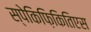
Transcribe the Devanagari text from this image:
स्पेकिफ़िकितिएस